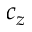
c _ { z }